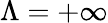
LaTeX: \Lambda=+\infty